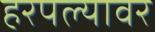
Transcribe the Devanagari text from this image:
हरपल्यावर